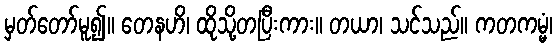
မှတ်တော်မူ၍။ တေနဟိ၊ ထိုသို့တပြီးကား။ တယာ၊ သင်သည်။ ကတကမ္မံ၊